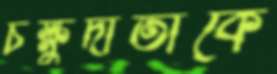
চক্ষুদাতাকে